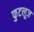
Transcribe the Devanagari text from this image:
फुटलूज